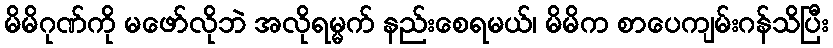
မိမိဂုဏ်ကို မဖော်လိုဘဲ အလိုရမ္မက် နည်းစေရမယ်၊ မိမိက စာပေကျမ်းဂန်သိပြီး